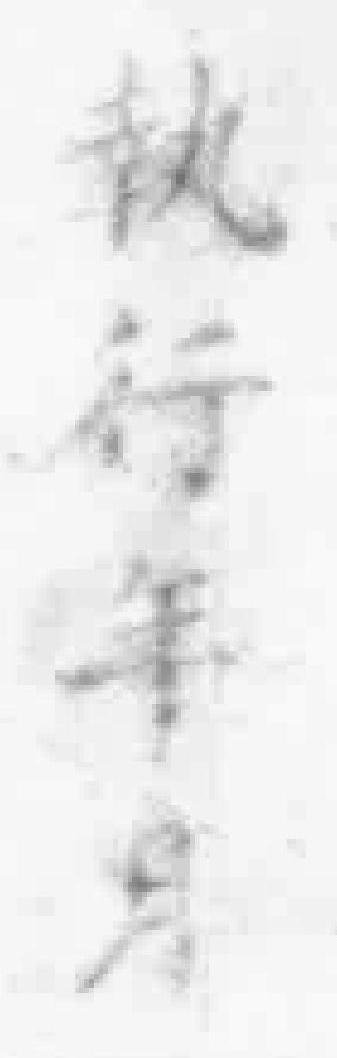
执行年月